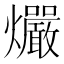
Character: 𰟻